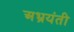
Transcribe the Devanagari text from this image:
अभ्रयंती